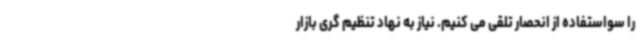
را سواستفاده از انحصار تلقی می کنیم. نیاز به نهاد تنظیم گری بازار